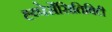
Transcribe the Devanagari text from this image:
ह्य्पेर्सेंसितिविटी